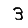
Digit: 3